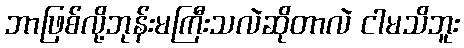
ဘာဖြစ်လို့ဘုန်းမကြီးသလဲဆိုတာလဲ ငါမသိဘူး